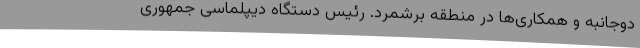
دوجانبه و همکاری‌ها در منطقه برشمرد. رئیس دستگاه دیپلماسی جمهوری